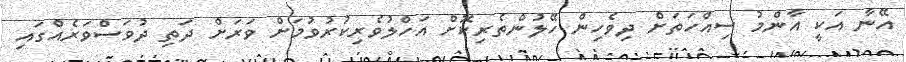
އޭނާ އަކީ އާންމު ސިއްހަތަށް ދިވެހިން ހޭލުންތެރިކޮށް އަހްލުވެރިކުރުވުމަށް ވަރަށް ދަތި ދުވަސްވަރެއްގައި